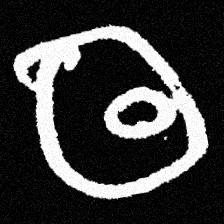
Pyu character \u2014 Myanmar letter: ထ (romanized: tha)